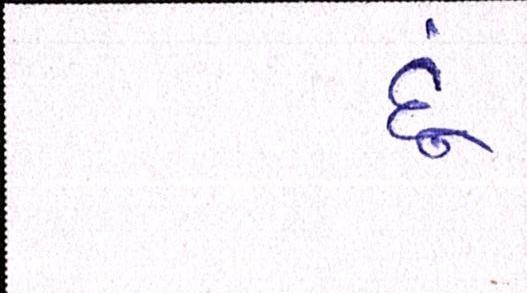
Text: દૂં